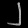
Digit: ၂